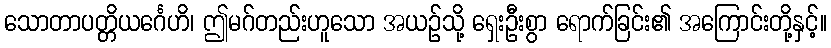
သောတာပတ္တိယင်္ဂေဟိ၊ ဤမဂ်တည်းဟူသော အယဉ်သို့ ရှေးဦးစွာ ရောက်ခြင်း၏ အကြောင်းတို့နှင့်။